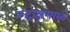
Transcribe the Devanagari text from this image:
रुद्राक्षमाळ